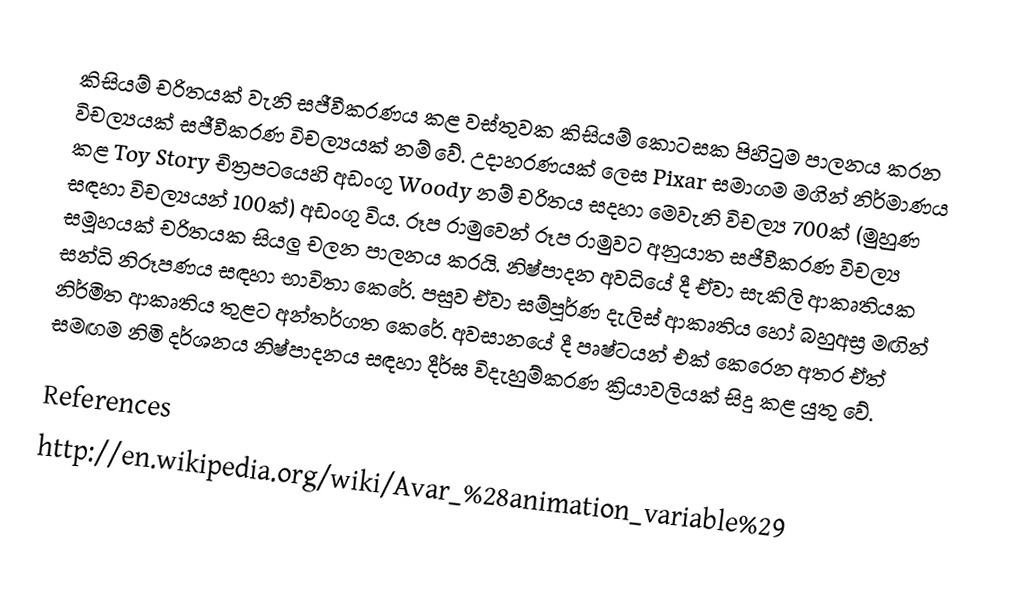
කිසියම් චරිතයක් වැනි සජීවීකරණය කළ වස්තුවක කිසියම් කොටසක පිහිටුම පාලනය කරන විචල්‍යයක් සජීවීකරණ විචල්‍යයක් නම් වේ. උදාහරණයක් ලෙස Pixar සමාගම මගින් නිර්මාණය කළ Toy Story චිත්‍රපටයෙහි අඩංගු Woody නම් චරිතය සදහා මෙවැනි විචල්‍ය 700ක් (මුහුණ සඳහා විචල්‍යයන් 100ක්) අඩංගු විය. රූප රාමුවෙන් රූප රාමුවට අනුයාත සජීවීකරණ විචල්‍ය සමූහයක් චරි‍තයක සියලු චලන පාලනය කරයි. නිෂ්පාදන අවධියේ දී ඒවා සැකිලි ආකෘතියක සන්ධි නිරූපණය සඳහා භාවිතා කෙරේ. පසුව ඒවා සම්පූර්ණ දැලිස් ආකෘතිය හෝ ‍බහුඅස්‍ර මඟින් නිර්මිත ආකෘති‍ය තුළට අන්තර්ගත කෙරේ. අවසානයේ දී පෘෂ්ටයන් එක් කෙරෙන අතර ඒත් සමඟම නිමි දර්ශනය නිෂ්පාදනය සඳහා දීර්ඝ විදැහුම්කරණ ක්‍රියාවලියක් සිදු කළ යුතු වේ.

References
http://en.wikipedia.org/wiki/Avar_%28animation_variable%29